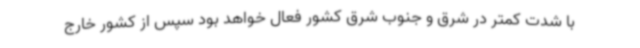
با شدت کمتر در شرق و جنوب شرق کشور فعال خواهد بود سپس از کشور خارج